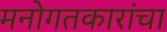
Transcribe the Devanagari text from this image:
मनोगतकारांचा